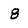
Character: 8